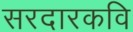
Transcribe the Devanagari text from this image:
सरदारकवि